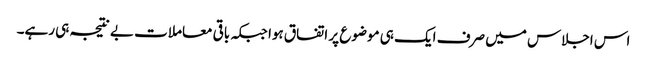
اس اجلاس میں صرف ایک ہی موضوع پر اتفاق ہوا جبکہ باقی معاملات بے نتیجہ ہی رہے۔